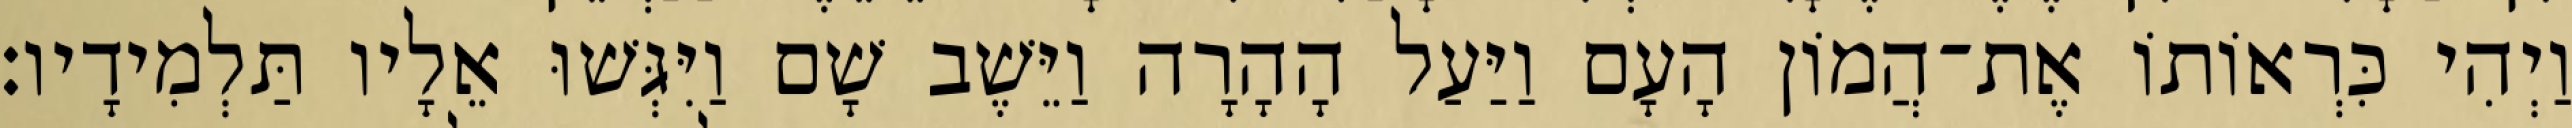
וַיְהִי כִּרְאוֹתוֹ אֶת־הֲמוֹן הָעָם וַיַּעַל הָהָרָה וַיֵּשֶׁב שָׁם וַיִּגְּשׁוּ אֵלָיו תַּלְמִידָיו׃